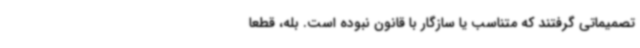
تصمیماتی گرفتند که متناسب یا سازگار با قانون نبوده است. بله، قطعا